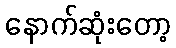
နောက်ဆုံးတော့